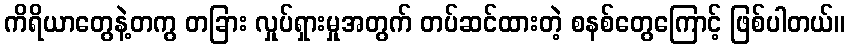
ကိရိယာတွေနဲ့တကွ တခြား လှုပ်ရှားမှုအတွက် တပ်ဆင်ထားတဲ့ စနစ်တွေကြောင့် ဖြစ်ပါတယ်။